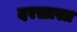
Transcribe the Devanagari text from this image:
दरख़ास्त